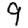
Digit: 9